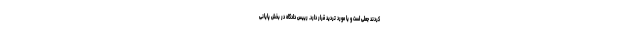
کردند جعلی است و یا مورد تردید قرار دارد. رییس دادگاه در بخش پایانی